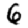
Digit: 6